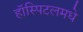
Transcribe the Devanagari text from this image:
हॉस्पिटलमधे